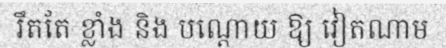
រឹតតែ ខ្លាំង និង បណ្តោយ ឱ្យ វៀតណាម